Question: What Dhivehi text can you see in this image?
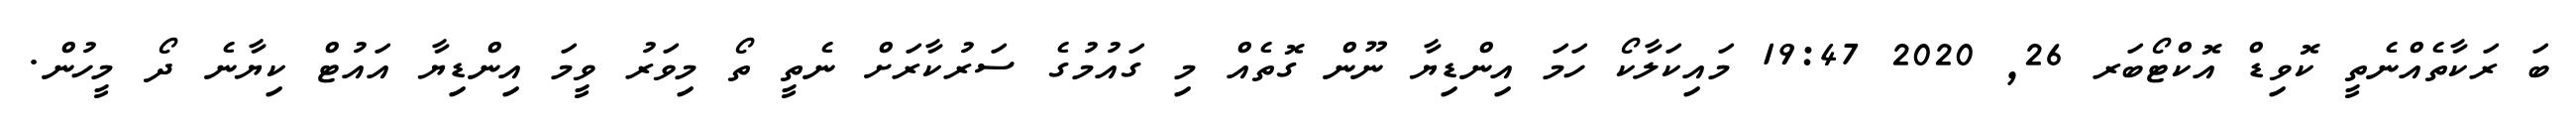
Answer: ބަ ރަކާތެއްނެތީ ކޮވިޑް އޮކްޓޯބަރ 26, 2020 19:47 މައިކަލާކޯ ހަމަ އިންޑިޔާ ނޫން ގޮތެއް މި ގައުމުގެ ސަރުކާރަށް ނެތީ ތޯ މިވަރު ވީމަ އިންޑިޔާ އައުޓް ކިޔާނެ ދޯ މީހުން.